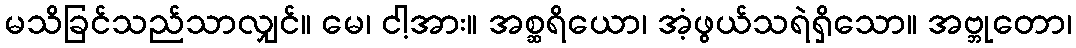
မသိခြင်သည်သာလျှင်။ မေ၊ ငါ့အား။ အစ္ဆရိယော၊ အံ့ဖွယ်သရဲရှိသော။ အဗ္ဘုတော၊